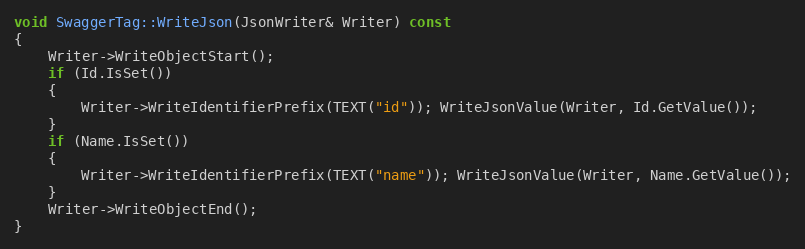
Language: C++
void SwaggerTag::WriteJson(JsonWriter& Writer) const
{
	Writer->WriteObjectStart();
	if (Id.IsSet())
	{
		Writer->WriteIdentifierPrefix(TEXT("id")); WriteJsonValue(Writer, Id.GetValue());
	}
	if (Name.IsSet())
	{
		Writer->WriteIdentifierPrefix(TEXT("name")); WriteJsonValue(Writer, Name.GetValue());
	}
	Writer->WriteObjectEnd();
}